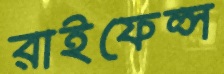
রাইফেল্স